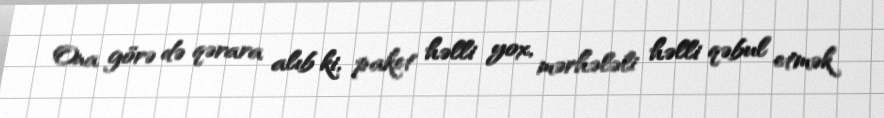
Ona görə də qərara alıb ki, paket həlli yox, mərhələli həlli qəbul etmək